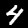
Label: 4